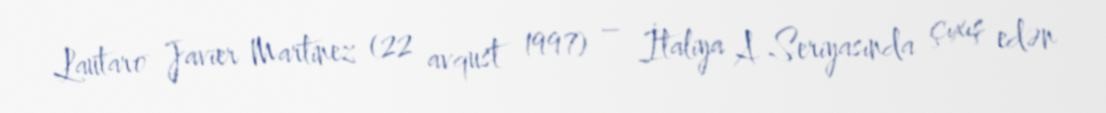
Lautaro Javier Martinez (22 avqust 1997) – İtaliya A Seriyasında çıxış edən